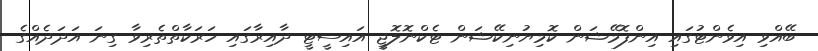
ބޭއްވި އިިވެންޓުގައި އިންފޮމޭޝަން ކޮމިޔުނިކޭޝަން ޓެކްނޮލޮޖީ އައިސީޓީ ދާއިރާގައި ހަރަކާތްތެރިވާ ގިނަ އަދަދެއްގެ